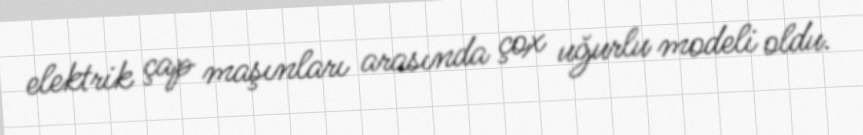
elektrik çap maşınları arasında çox uğurlu modeli oldu.